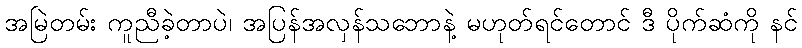
အမြဲတမ်း ကူညီခဲ့တာပဲ၊ အပြန်အလှန်သဘောနဲ့ မဟုတ်ရင်တောင် ဒီ ပိုက်ဆံကို နင်